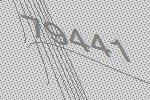
79441